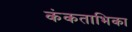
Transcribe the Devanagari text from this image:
कंकताभिका